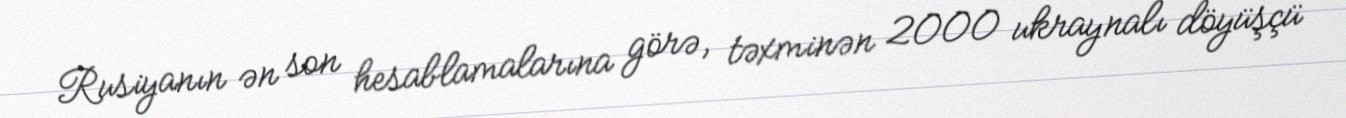
Rusiyanın ən son hesablamalarına görə, təxminən 2000 ukraynalı döyüşçü